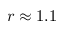
r \approx 1 . 1